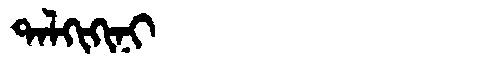
Manchu: ᡨᠠᠯᡴᡳᡴᡳᠨᡳ
Romanization: TALKIKINI